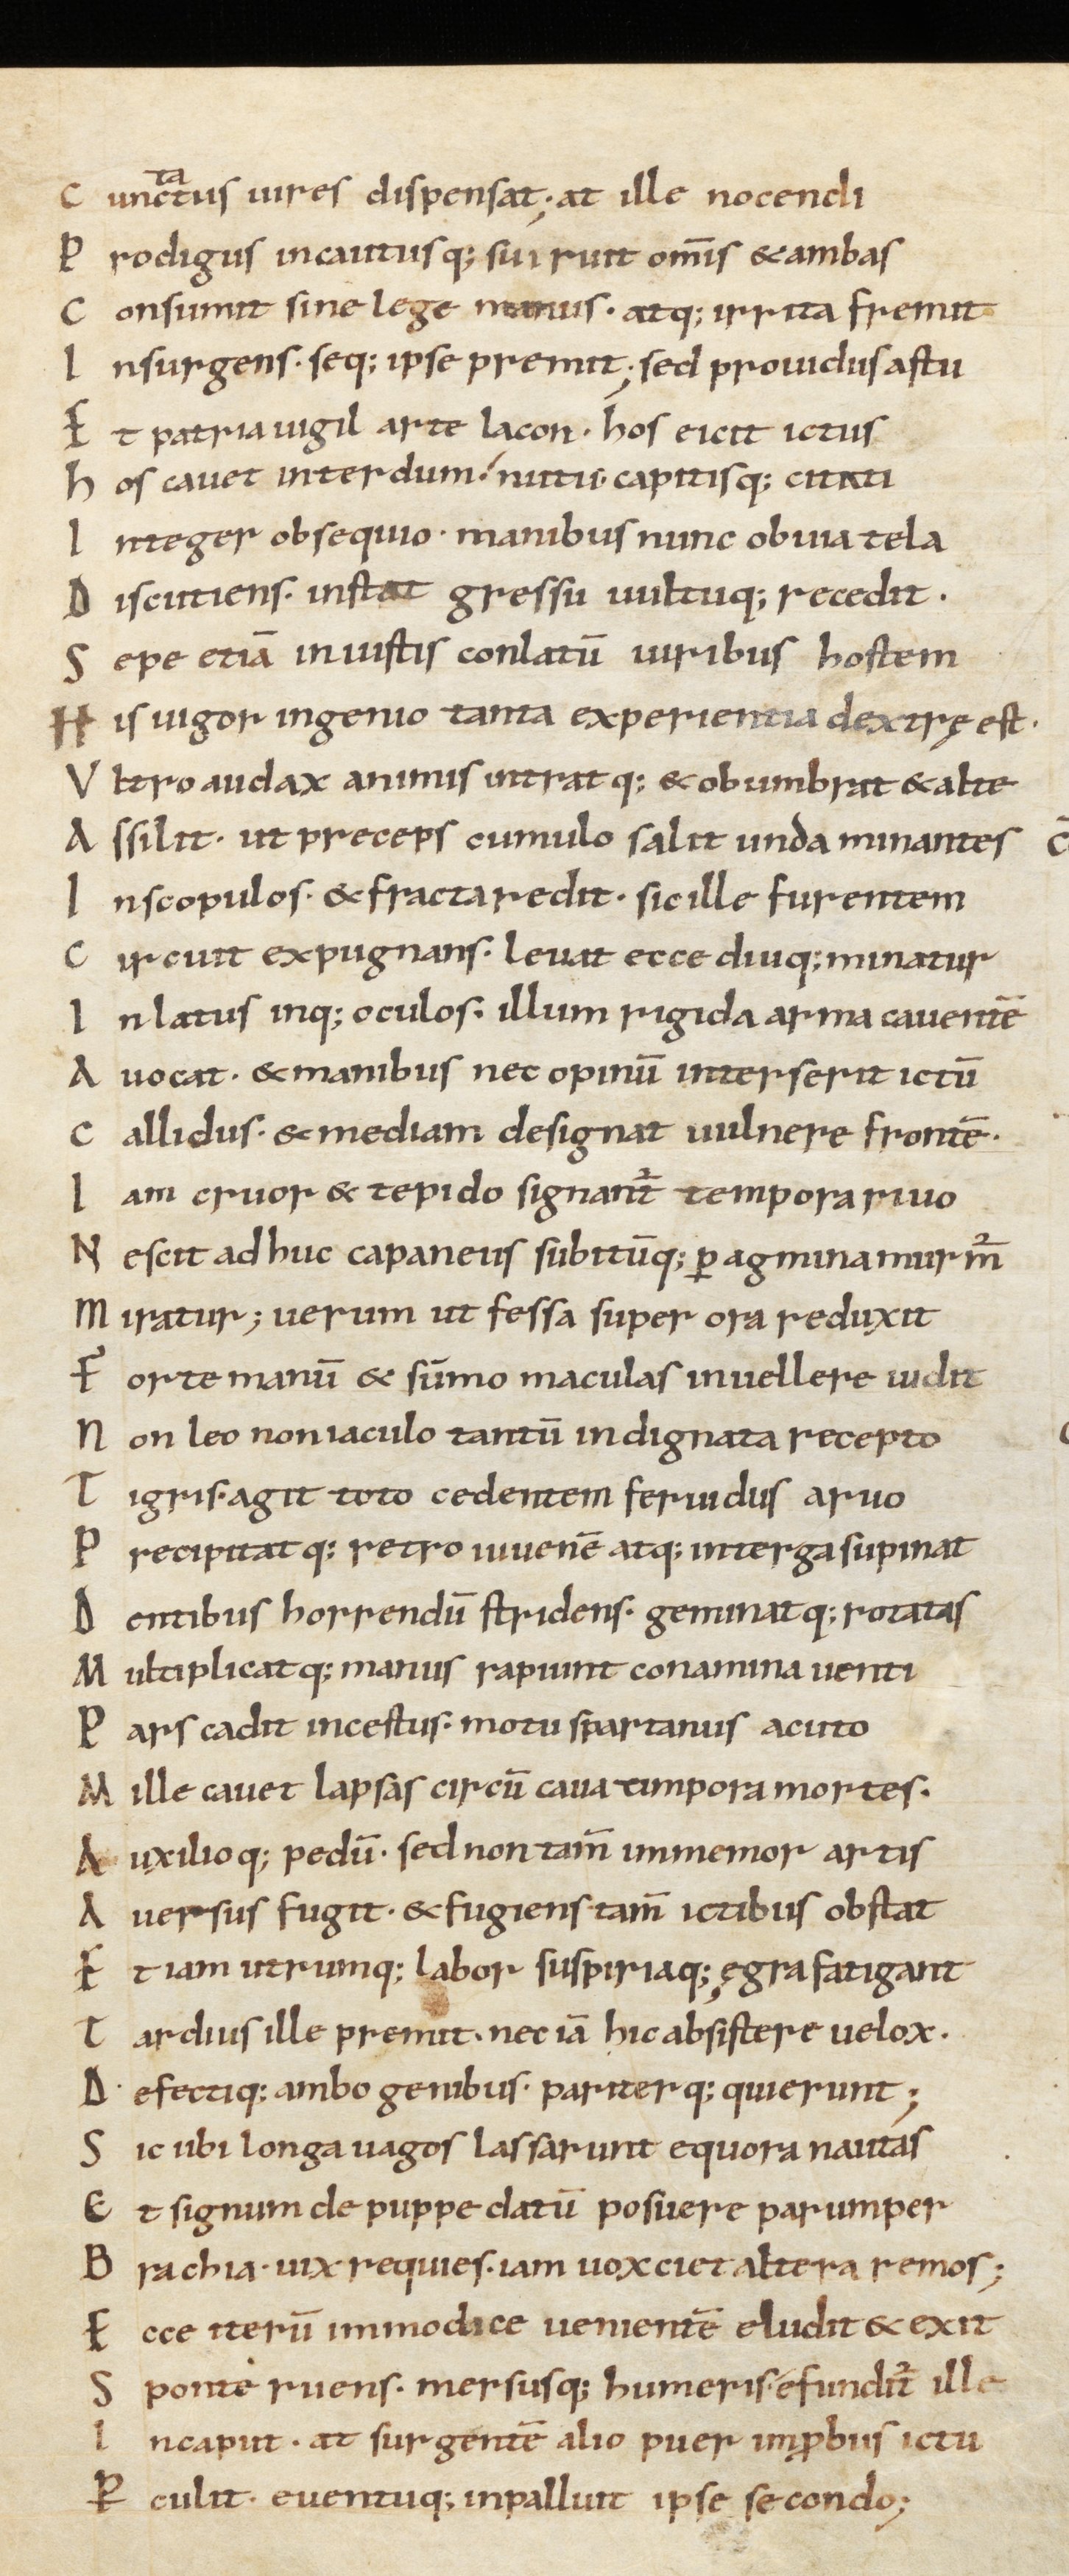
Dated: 1000–1099